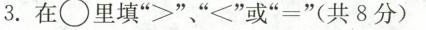
3.在\bigcirc 里填”>”、”<”或”=”(共8分)